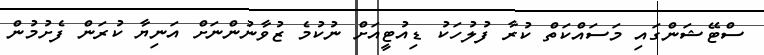
ސްޓޭޝަންގައި މަސައްކަތް ކުރާ ފުލުހަކު ޑިއުޓީއަށް ނުކުމެ ޒުވާނުންނަށް އަނިޔާ ކުރަން ފެށުމުން